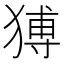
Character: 猼